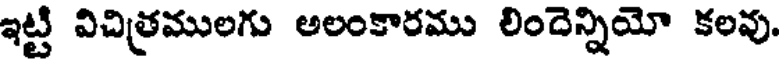
ఇట్టి విచిత్రములగు అలంకారము లిందెన్నియో కలవు.